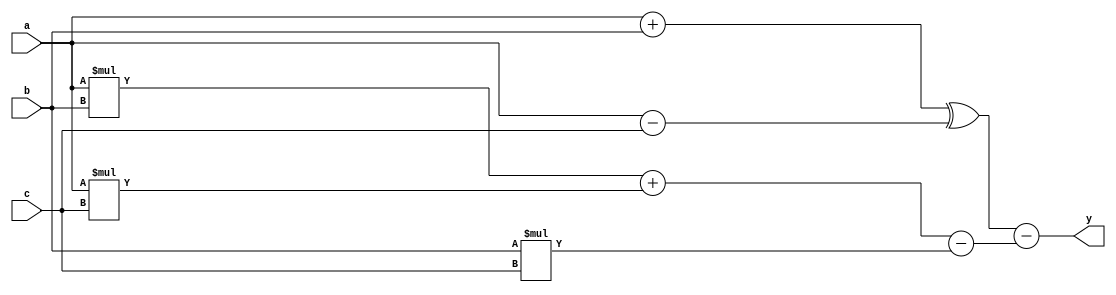
module test(input [4:0] a, b, c, output [4:0] y);
	assign y = ((a+b) ^ (a-c)) - ((a*b) + (a*c) - (b*c));
endmodule